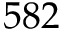
5 8 2